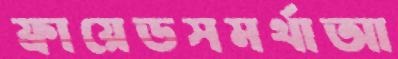
ফ্রায়েডসমর্থাআ